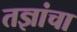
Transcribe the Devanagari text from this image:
तज्ञांचा